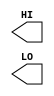
module sky130_fd_sc_hdll__conb (
    //# {{data|Data Signals}}
    output HI,
    output LO
);

    // Voltage supply signals
    supply1 VPWR;
    supply0 VGND;
    supply1 VPB ;
    supply0 VNB ;

endmodule